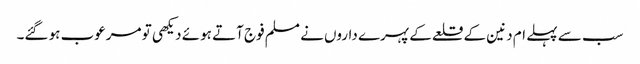
سب سے پہلے ام دنین کے قلعے کے پہرے داروں نے مسلم فوج آتے ہوئے دیکھی تو مرعوب ہو گئے۔